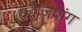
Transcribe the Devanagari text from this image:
फ़ौज़ियांग